Annual statistical returns and brief notes on vaccination in Bengal - 1909-1929
Year: 1909
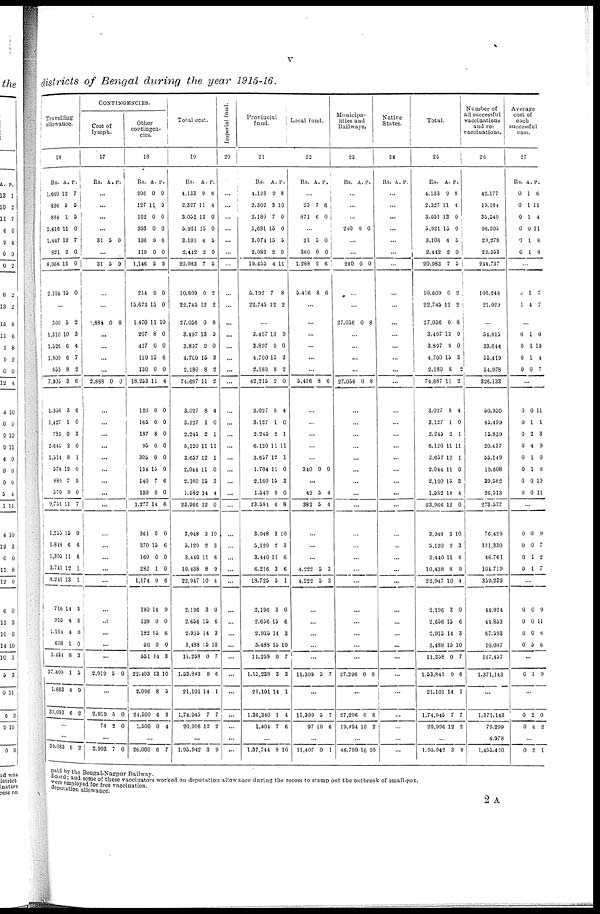
v
districts of Bengal during the year 1915-16.
Travelling
allowance.
16
Rs.
1,660
836
834
2,416
1,447
821
8,066
2,104
A.
12
5
1
11
12
2
13
15
P.
7
5
5
0
7
0
0
0
...
300
1,310
1,526
1,809
833
7,905
1,356
1,427
783
2,645
1,514
574
880
570
9,751
1,255
1,813
1,395
3,741
8,241
716
915
1,104
698
3,484
37,400
1,683
39,083
5
10
6
6
8
3
3
1
0
2
8
12
7
9
11
15
6
11
12
13
14
4
4
1
8
1
4
6
2
3
4
7
2
6
6
0
3
0
1
0
9
0
7
0
6
6
1
1
3
3
9
0
3
5
9
2
...
...
39,083 6 2
CONTINGENCIES.
Cost of
lymph.
17
Rs. A. P.
...
...
...
...
31 5 0
...
31 5 0
...
...
1,888 0 0
...
...
...
...
2,888 0 0
...
...
...
...
...
...
...
...
...
...
...
...
...
...
...
...
...
...
...
2,919 5 0
...
2,919
74
5
2
0
0
...
2,993 7 0
Other
contingen-
cies.
18
Rs.
208
127
162
393
136
119
1,146
214
15,673
1,470
207
417
139
130
18,253
120
165
187
95
305
134
140
130
1,277
361
370
160
282
1,174
180
138
182
50
551
22,403
2,096
21,500
1,500
A.
0
11
0
0
9
0
6
9
15
11
8
0
15
0
11
0
0
8
0
0
15
7
0
14
0
15
0
1
0
14
0
15
0
14
13
8
6
0
P.
0
9
0
0
6
0
3
0
0
10
0
0
6
0
4
0
0
0
0
0
0
6
0
6
0
6
0
0
6
9
0
6
0
3
10
5
3
4
...
26,000 6 7
Total cost.
19
Rs.
4,133
2,327
3,051
5,921
3,103
2,442
20,983
10,609
22,745
27,056
3,497
3,897
4,760
2,180
74,687
3,027
3,127
2,245
6,120
3,657
2,044
2,160
1,582
23,966
3,948
5,120
3,440
10,438
22,947
2,196
2,656
2,915
3,488
11,258
1,53,843
21,101
1,74,945
20,906
A.
9
11
13
15
4
2
7
0
12
0
13
9
15
8
11
8
1
2
11
12
11
15
14
12
3
2
11
8
10
3
15
14
15
0
9
14
7
12
P.
8
4
0
0
5
0
5
2
2
8
9
0
3
2
2
4
0
1
11
1
0
3
4
0
10
3
6
9
4
0
6
3
10
7
6
1
7
2
...
1,95,942 3 9
Imperial fund.
20
...
...
...
...
...
...
...
...
...
...
...
...
...
...
...
...
...
...
...
...
...
...
...
...
...
...
...
...
...
...
...
...
...
...
...
...
...
...
...
...
Provincial
fund.
21
Rs.
4,133
2,302
2,180
5,681
3,074
2,082
19,455
5,192
22,745
A.
9
3
7
15
15
2
4
7
12
P.
8
10
0
0
5
0
11
8
2
...
3,497
3,897
4,700
2,180
42,215
3,027
3,127
2,245
6,120
3,657
1,704
2,160
1,540
23,584
3,948
5,120
3,440
6,216
18,725
2,196
2,656
2,915
3,488
11,258
1,13,238
21,101
1,36,340
1,404
13
9
15
8
2
8
1
2
11
12
11
15
9
6
3
2
11
3
5
3
15
14
15
0
3
14
1
7
9
0
3
2
0
4
0
1
11
1
0
3
0
8
10
3
6
6
1
0
6
3
10
7
3
1
4
6
...
1,37,744 8 10
Local fund.
22
Rs. A. P.
...
23
871
7
6
6
0
...
31
360
1,288
5,416
5
0
2
8
0
0
6
6
...
...
...
...
...
...
5,416 8 6
...
...
...
...
...
340 0 0
...
42
332
.
5
4
4
...
...
...
4,222
4,222
5
5
3
3
...
...
...
...
...
11,309 5 7
...
11,309
97
5
10
7
6
...
11,407 0 1
Municipa-
lities and
Railways.
23
Rs. A. P.
...
...
...
240 0 0
...
...
240 0 0
...
...
27,056 0 8
...
...
...
...
27,056 0 8
...
...
...
...
...
...
...
...
...
...
...
...
...
...
...
...
...
...
...
27,296 0 8
...
27,296
19,494
0
10
8
2
...
46,790 10 10
Native
States.
24
Rs. A. P.
...
...
...
...
...
...
...
...
...
...
...
...
...
...
...
...
...
...
...
...
...
...
...
...
...
...
...
...
...
...
...
...
...
...
...
...
...
...
...
...
Total.
25
Rs.
4,133
2,327
3,051
5,921
3,106
2,442
20,983
10,609
22,745
27,056
3,497
3,897
4,700
2,180
74,687
3,027
3,127
2,245
6,120
3,657
2,044
2,160
1,582
23,966
3,943
5,120
3,440
10,438
22,947
2,196
2,656
2,913
3,488
11,238
1,53,843
21,101
1,74,945
20,996
A.
9
11
13
15
4
2
7
0
12
0
13
9
15
8
11
8
1
2
11
12
11
15
14
12
3
2
11
8
10
3
15
14
15
0
9
14
7
12
P.
8
4
0
0
5
0
5
2
2
8
9
0
3
2
2
4
0
1
11
1
0
3
4
0
10
3
6
9
4
0
6
3
10
7
6
1
7
2
...
1,95,942 3 9
Number of
all successful
vaccinations
and re-
vaccinations.
26
42,177
19,184
35,540
96,205
29,278
22,353
244,737
106,248
21,029
...
54,815
33,644
55,419
54,978
326,133
50,930
45,499
15,839
20,437
55,149
19,608
39,582
26,513
273,577
76,429
131,330
46,761
104,719
359,239
44,924
44,853
67,393
10,087
167,457
1,371,143
...
1,371,143
79,299
4,973
1,455,420
Average
cost of
each
successful
case.
27
Rs.
0
0
0
0
0
0
A.
1
1
1
0
1
1
P.
6
11
4
11
8
8
...
0
1
1
4
7
7
...
0
0
0
0
1
1
1
0
0
10
4
7
...
0
0
0
0
0
0
0
0
0
1
2
4
1
1
0
0
11
1
3
9
0
8
10
11
0
0
0
0
0
0
0
1
1
9
7
2
7
...
0
0
0
0
0
0
0
5
9
11
8
6
...
0 1 9
...
0
0
2
4
0
2
...
0 2 1
paid by the Bengal-Nagpur Railway.
Board; and some of these vaccinators worked on deputation allowance during the recess to stamp out the outbreak of small-pox.
were employed for free vaccination.
deputation allowance.
2 A